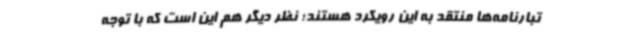
تبارنامه‌ها منتقد به این رویکرد هستند؛ نظر دیگر هم این است که با توجه